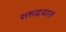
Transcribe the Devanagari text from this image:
रक्तद्रवात